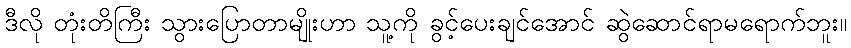
ဒီလို တုံးတိကြီး သွားပြောတာမျိုးဟာ သူ့ကို ခွင့်ပေးချင်အောင် ဆွဲဆောင်ရာမရောက်ဘူး။